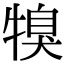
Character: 𤚯